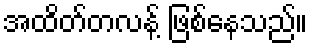
အထိတ်တလန့် ဖြစ်နေသည်။